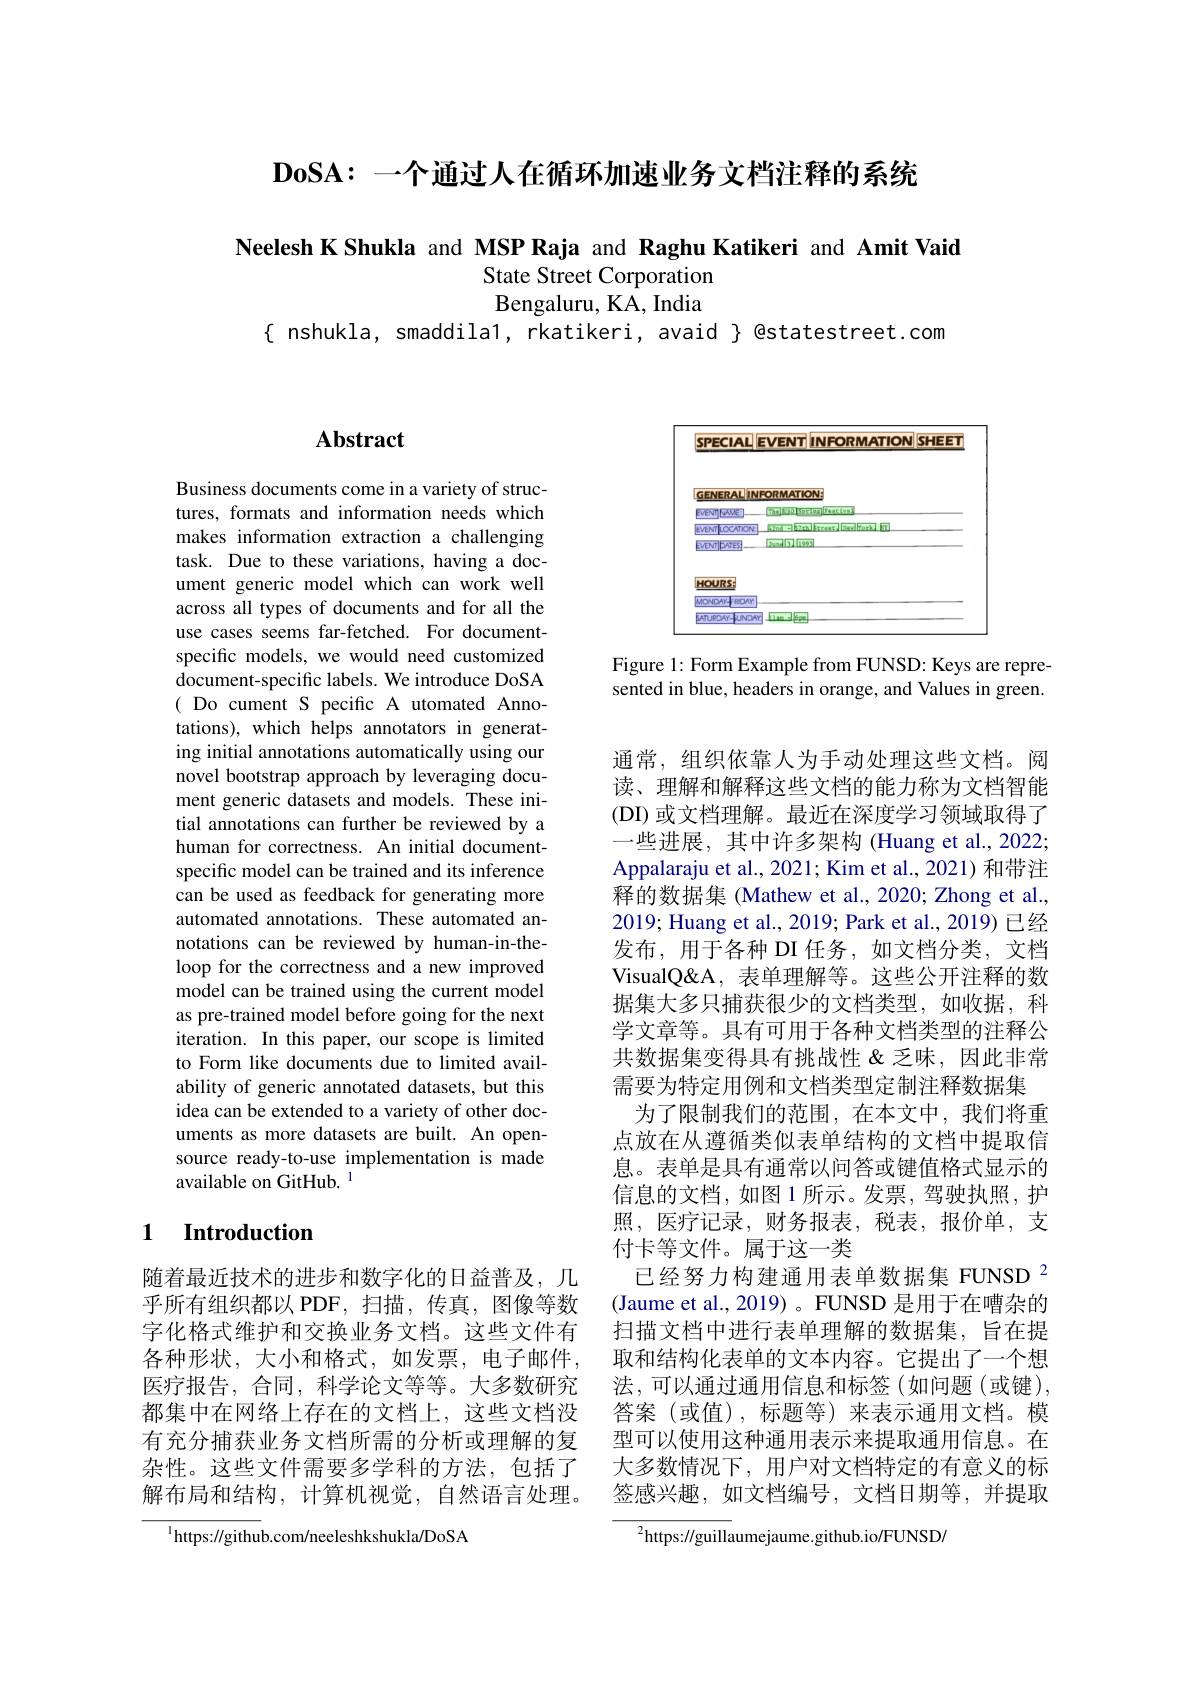
$\mathbf{DoSA:}$一个通过人在循环加速业务文档注释的系统

Neelesh K Shukla and MSP Raja and Raghu Katikeri and Amit Vaid
State Street Corporation Bengaluru, KA, India
$\{$ nshukla, smaddila1, rkatikeri, avaid $\}$ @statestreet.com

## $\mathbf{Abstract}$

Business documents come in a variety of structures, formats and information needs which makes information extraction a challenging task. Due to these variations, having a document generic model which can work well across all types of documents and for all the use cases seems far-fetched. For documentspecific models, we would need customized document-specific labels. We introduce DoSA ( Do cument S pecific A utomated Annotations), which helps annotators in generating initial annotations automatically using our novel bootstrap approach by leveraging document generic datasets and models. These initial annotations can further be reviewed by a human for correctness. An initial documentspecific model can be trained and its inference can be used as feedback for generating more automated annotations. These automated annotations can be reviewed by human-in-theloop for the correctness and a new improved model can be trained using the current model as pre-trained model before going for the next iteration. In this paper, our scope is limited to Form like documents due to limited availability of generic annotated datasets, but this idea can be extended to a variety of other documents as more datasets are built. An opensource ready-to-use implementation is made available on GitHub. $^{1}$

### 1 $\textbf{Introduction}$

随着最近技术的进步和数字化的日益普及，几乎所有组织都以 PDF, 扫描，传真，图像等数字化格式维护和交换业务文档。这些文件有各种形状，大小和格式，如发票，电子邮件， 医疗报告，合同，科学论文等等。大多数研究都集中在网络上存在的文档上，这些文档没有充分捕获业务文档所需的分析或理解的复杂性。这些文件需要多学科的方法，包括了解布局和结构，计算机视觉，自然语言处理。

$^{1}$https://github.com/neeleshkshukla/DoSA

<FigureHere>

Figure 1: Form Example from FUNSD: Keys are represented in blue, headers in orange, and Values in green.

通常，组织依靠人为手动处理这些文档。阅读、理解和解释这些文档的能力称为文档智能(DI) 或文档理解。最近在深度学习领域取得了一些进展，其中许多架构 (Huang et al., 2022; Appalaraju et al., 2021; Kim et al., 2021) 和带注释的数据集 (Mathew et al., 2020; Zhong et al., 2019; Huang et al., 2019; Park et al., 2019) 已经发布，用于各种 DI 任务，如文档分类，文档VisualQ&A, 表单理解等。这些公开注释的数据集大多只捕获很少的文档类型，如收据，科学文章等。具有可用于各种文档类型的注释公共数据集变得具有挑战性&乏味，因此非常需要为特定用例和文档类型定制注释数据集
为了限制我们的范围，在本文中，我们将重点放在从遵循类似表单结构的文档中提取信息。表单是具有通常以问答或键值格式显示的信息的文档，如图 1 所示。发票，驾驶执照，护照，医疗记录，财务报表，税表，报价单，支付卡等文件。属于这一类
已经努力构建通用表单数据集 FUNSD 2 (Jaume et al., 2019) 。FUNSD 是用于在嘈杂的扫描文档中进行表单理解的数据集，旨在提取和结构化表单的文本内容。它提出了一个想法，可以通过通用信息和标签(如问题(或键), 答案(或值),标题等)来表示通用文档。模型可以使用这种通用表示来提取通用信息。在大多数情况下，用户对文档特定的有意义的标签感兴趣，如文档编号，文档日期等，并提取
$^2$https://guillaumejaume.github.io/FUNSD/